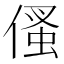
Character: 𠋺